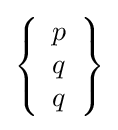
\left\{{\begin{array}{l}p\\q\\q\end{array}}\right\}